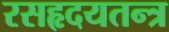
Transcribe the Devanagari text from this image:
रसहृदयतन्त्र